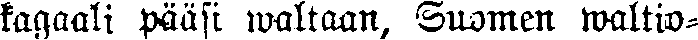
kagaali pääsi waltaan, Suomen waltio-